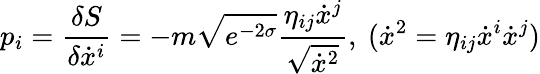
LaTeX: p_{i}=\frac{\delta S}{\delta\dot{x}^{i}}=-m\sqrt{e^{-2\sigma}}\frac{\eta_{ij}\dot{x}^{j}}{\sqrt{\dot{x}^{2}}},~(\dot{x}^{2}=\eta_{ij}\dot{x}^{i}\dot{x}^{j})